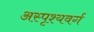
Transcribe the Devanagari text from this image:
अस्पृश्यवर्ग